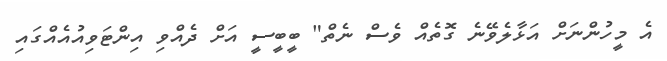
އެ މީހުންނަށް އަޅާލެވޭނެ ގޮތެއް ވެސް ނެތް" ބީބީސީ އަށް ދެއްވި އިންޓަވިއުއެއްގައި